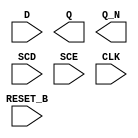
/**
 * Copyright 2020 The SkyWater PDK Authors
 *
 * Licensed under the Apache License, Version 2.0 (the "License");
 * you may not use this file except in compliance with the License.
 * You may obtain a copy of the License at
 *
 *     https://www.apache.org/licenses/LICENSE-2.0
 *
 * Unless required by applicable law or agreed to in writing, software
 * distributed under the License is distributed on an "AS IS" BASIS,
 * WITHOUT WARRANTIES OR CONDITIONS OF ANY KIND, either express or implied.
 * See the License for the specific language governing permissions and
 * limitations under the License.
 *
 * SPDX-License-Identifier: Apache-2.0
 */

`ifndef SKY130_FD_SC_HD__SDFRBP_SYMBOL_V
`define SKY130_FD_SC_HD__SDFRBP_SYMBOL_V

/**
 * sdfrbp: Scan delay flop, inverted reset, non-inverted clock,
 *         complementary outputs.
 *
 * Verilog stub (without power pins) for graphical symbol definition
 * generation.
 *
 * WARNING: This file is autogenerated, do not modify directly!
 */

`timescale 1ns / 1ps
`default_nettype none

(* blackbox *)
module sky130_fd_sc_hd__sdfrbp (
    //# {{data|Data Signals}}
    input  D      ,
    output Q      ,
    output Q_N    ,

    //# {{control|Control Signals}}
    input  RESET_B,

    //# {{scanchain|Scan Chain}}
    input  SCD    ,
    input  SCE    ,

    //# {{clocks|Clocking}}
    input  CLK
);

    // Voltage supply signals
    supply1 VPWR;
    supply0 VGND;
    supply1 VPB ;
    supply0 VNB ;

endmodule

`default_nettype wire
`endif  // SKY130_FD_SC_HD__SDFRBP_SYMBOL_V